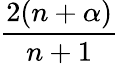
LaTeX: \frac{2(n+\alpha)}{n+1}